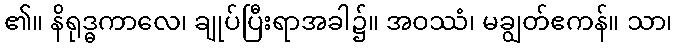
၏။ နိရုဒ္ဓကာလေ၊ ချုပ်ပြီးရာအခါ၌။ အဝဿံ၊ မချွတ်ဧကန်။ သာ၊